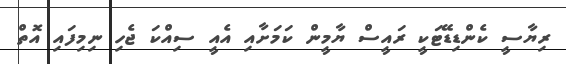
ރިޔާސީ ކެންޑިޑޭޓަކީ ރައީސް ޔާމީން ކަމަށާއި އެއީ ސިއްކަ ޖެހި ނިމިފައި އޮތް